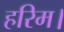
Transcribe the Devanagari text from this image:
हरिम।